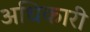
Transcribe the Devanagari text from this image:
अधिकारी